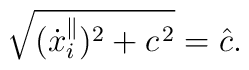
\sqrt{({\dot x}^{\parallel}_i)^2 + c^{\kern 1pt 2}}=\hat c.